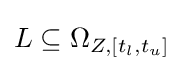
L\subseteq \Omega _{Z,[t_{l},t_{u}]}